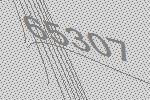
65307